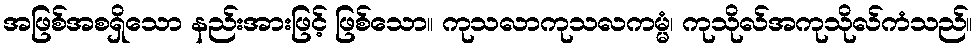
အဖြစ်အစရှိသော နည်းအားဖြင့် ဖြစ်သော။ ကုသလာကုသလကမ္မံ၊ ကုသိုလ်အကုသိုလ်ကံသည်။